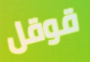
قوقل